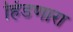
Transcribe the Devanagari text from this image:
हिंडणारा